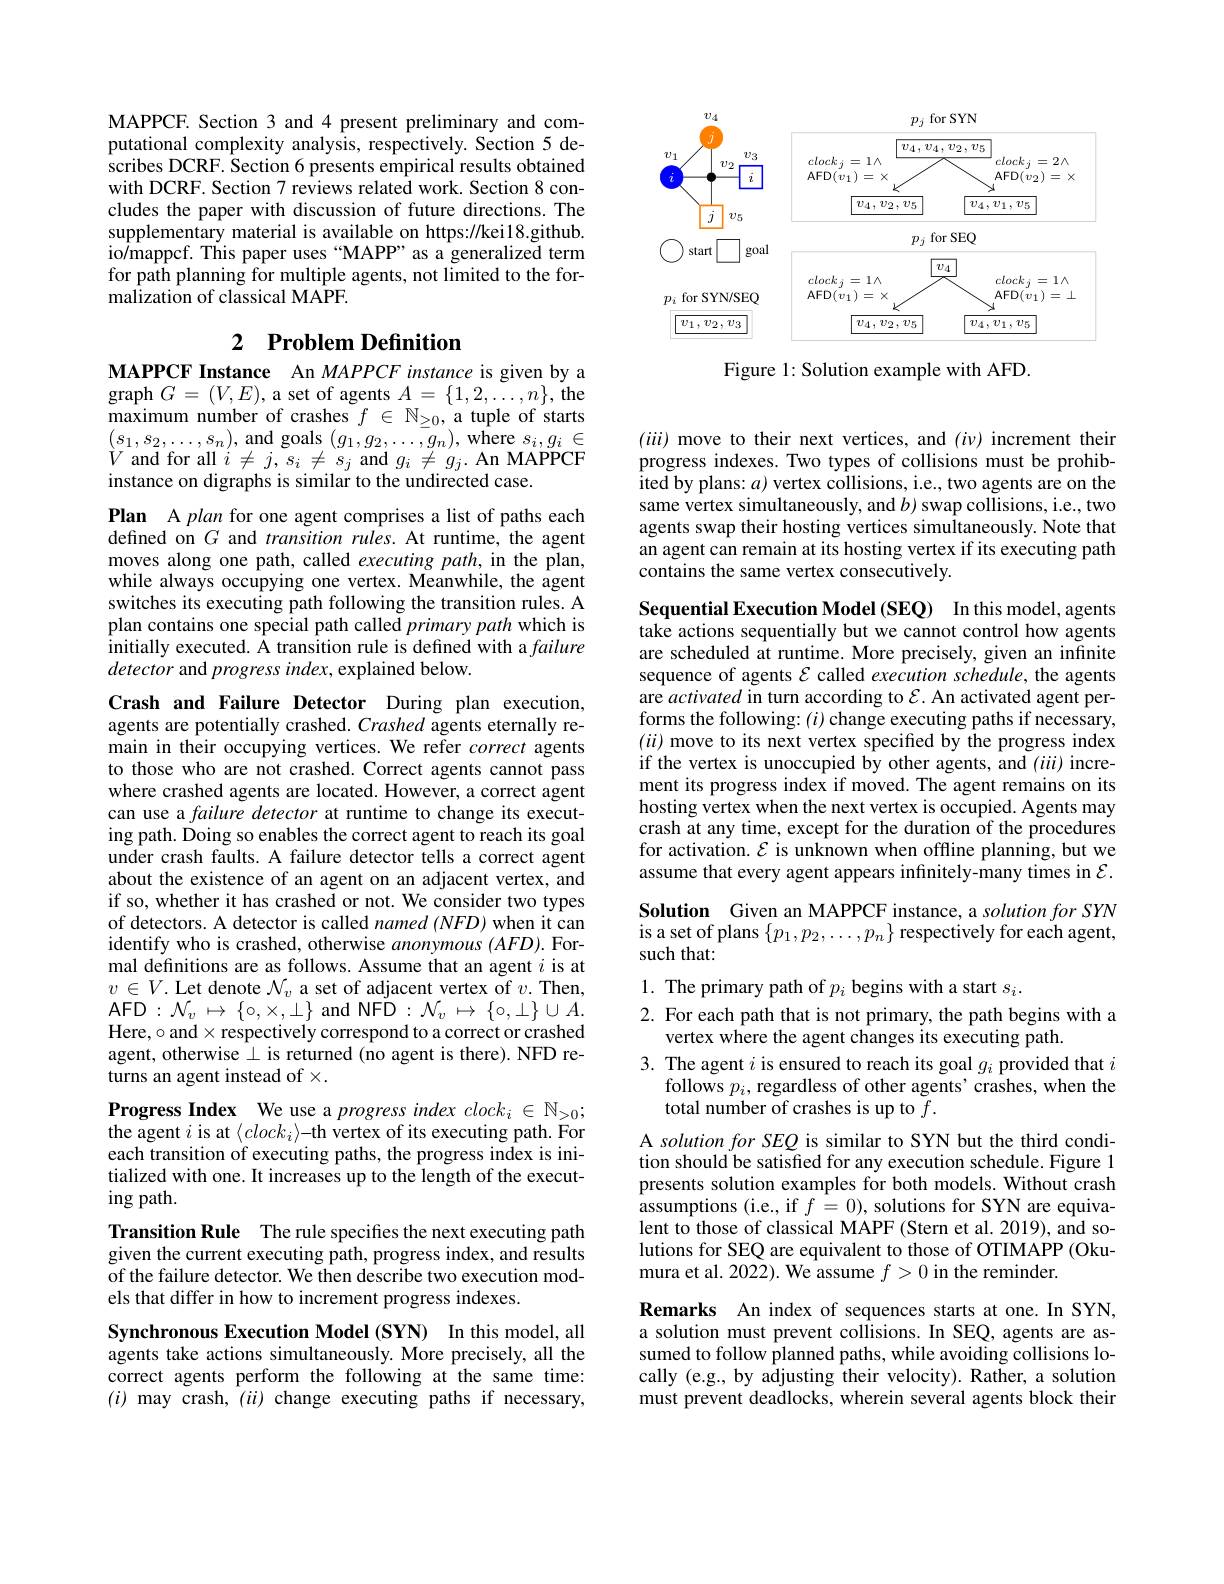
<FigureHere>

Figure 1: Solution example with AFD.

MAPPCF. Section 3 and 4 present preliminary and computational complexity analysis, respectively. Section 5 describes DCRF. Section 6 presents empirical results obtained with DCRF. Section 7 reviews related work. Section 8 concludes the paper with discussion of future directions. The supplementary material is available on https://kei18.github. io/mappcf. This paper uses“MAPP” as a generalized term for path planning for multiple agents, not limited to the formalization of classical MAPF.

# 2 Problem Definition

MAPPCF Instance An MAPPCF instance is given by a graph $G=(V,E)$, a set of agents $A=\{1,2,\ldots,n\}$, the maximum number of crashes $f\in\mathbb{N}_{\geq0}$, a tuple of starts $(s_{1},s_{2},\ldots,s_{n})$,and goals$(g_{1},g_{2},\ldots,\bar{g}_{n})$,where $s_i,g_{i}\in$ $V$ and for all $i\neq j,s_{i}\neq s_{j}$ and $g_{i}\neq g_{j}.$ An MAPPCF instance on digraphs is similar to the undirected case.

Plan A plan for one agent comprises a list of paths each defined on $G$ and transition rules. At runtime, the agent moves along one path, called executing path, in the plan, while always occupying one vertex. Meanwhile, the agent switches its executing path following the transition rules. A plan contains one special path called primary path which is $\hat{\text{initially executed. \^{A}}}$ transition rule is defıned with a failure detector and progress index, explained below.

Crash and Failure Detector During plan execution, agents are potentially crashed. Crashed agents eternally remain in their occupying vertices. We refer correct agents to those who are not crashed. Correct agents cannot pass where crashed agents are located. However, a correct agent can use a failure detector at runtime to change its executing path. Doing so enables the correct agent to reach its goal under crash faults. A failure detector tells a correct agent about the existence of an agent on an adjacent vertex, and if so, whether it has crashed or not. We consider two types of detectors. A detector is called named (NFD) when it can identify who is crashed, otherwise anonymous (AFD). Formal definitions are as follows. Assume that an agent $i$ is at $v\in V.$ Let denote $\mathcal{N}_v$ a set of adjacent vertex of $v.$ Then, $\mathbf{AFD}:\mathcal{N}_{v}\mapsto\{0,\times,\bot\}$and NFD$:\mathcal{N}_v\mapsto\{0,\bot\}\cup A$ Here, $\circ$ and$\times$ respectively correspond to a correct or crashed agent, otherwise $\bot$ is returned (no agent is there). NFD returns an agent instead of$\times.$

Progress Index We use a $progressindexclock_i\in\mathbb{N}_{>0};$ the agent $i$ is at $\langle clock_i\rangle$-th vertex of its executing path. For each transition of executing paths, the progress index is initialized with one. It increases up to the length of the execut- $ingpath.$

Transition Rule The rule specifies the next executing path given the current executing path, progress index, and results of the failure detector. We then describe two execution models that differ in how to increment progress indexes.

Synchronous Execution Model (SYN) In this model, all agents take actions simultaneously. More precisely, all the correct agents perform the following at the same time: $(i)$ may crash, $(ii)$ change executing paths if necessary,

$(iii)$ move to their next vertices, and $(i\nu)$ increment their progress indexes. Two types of collisions must be prohibited by plans: $a$) vertex collisions, i.e., two agents are on the same vertex simultaneously, and $b$) swap collisions, i.e., two agents swap their hosting vertices simultaneously. Note that an agent can remain at its hosting vertex if its executing path contains the same vertex consecutively.

Sequential Execution Model (SEQ) In this model, agents take actions sequentially but we cannot control how agents are scheduled at runtime. More precisely, given an infinite sequence of agents $\mathcal{E}$ called execution schedule, the agents are activated in turn according to $\mathcal{E}.$ An activated agent performs the following: $(i)$change executing paths if necessary, $(ii)$ move to its next vertex specified by the progress index if the vertex is unoccupied by other agents, and (iii) increment its progress index if moved. The agent remains on its hosting vertex when the next vertex is occupied. Agents may crash at any time, except for the duration of the procedures for activation. $\mathcal{E}$ is unknown when offline planning, but we assume that every agent appears infinitely-many times in $\mathcal{E}.$

Solution Given an MAPPCF instance, a solution for SYN is a set of plans $\{p_1,p_2,\ldots,p_n\}$ respectively for each agent,## such that:

1. The primary path of $p_i$ begins with a start $s_i.$
2. For each path that is not primary, the path begins with a
vertex where the agent changes its executing path.
3. The agent $i$ is ensured to reach its goal $g_i$ provided that $i$
follows $p_i$,regardless of other agents'crashes, when the
total number of crashes is up to $\tilde{f}.$

A solution for SEQ is similar to SYN but the third condition should be satisfied for any execution schedule. Figure 1 presents solution examples for both models. Without crash assumptions (i.e., if $f=0)$, solutions for SYN are equivalent to those of classical MAPF (Stern et al. 2019), and solutions for SEQ are equivalent to those of OTIMAPP (Okumura et al. 2022). We assume $f>0$ in the reminder.

Remarks An index of sequences starts at one. In SYN, a solution must prevent collisions. In SEQ, agents are assumed to follow planned paths, while avoiding collisions locally (e.g., by adjusting their velocity). Rather, a solution must prevent deadlocks, wherein several agents block their